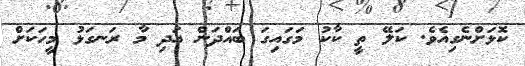
ކޮޅަށްނެގިއެވެ. ކަލޭ ތީ ކާކު މަގައިގަ ބައްދަން އަދި މާ ރަނގަޅު މީހަކަށް